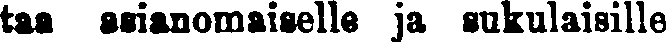
taa asianomaiselle ja sukulaisille